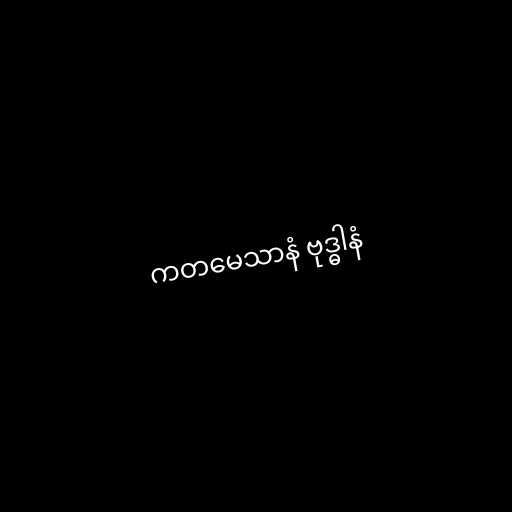
ကတမေသာနံ ဗုဒ္ဓါနံ